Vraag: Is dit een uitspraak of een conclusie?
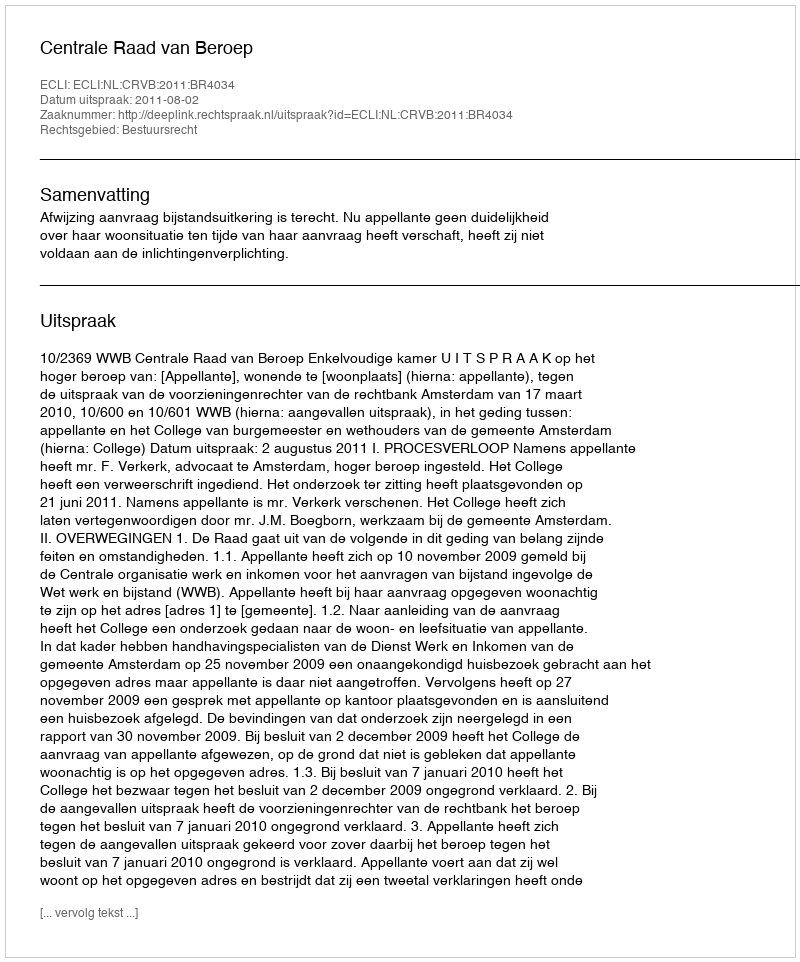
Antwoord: Uitspraak